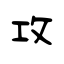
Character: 攻